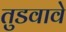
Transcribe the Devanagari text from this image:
तुडवावे